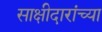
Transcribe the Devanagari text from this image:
साक्षीदारांच्या